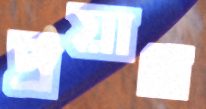
প্রয়াগ